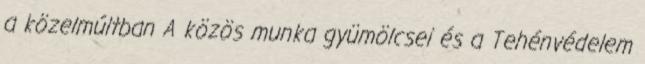
a közelmúltban A közös munka gyümölcsei és a Tehénvédelem